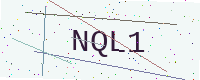
Text: NQL1